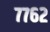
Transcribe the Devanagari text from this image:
७७६२